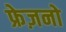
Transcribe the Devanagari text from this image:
फ्रेज़नो